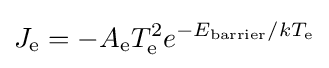
J_{\rm {e}}=-A_{\rm {e}}T_{\rm {e}}^{2}e^{-E_{\rm {barrier}}/kT_{\rm {e}}}